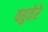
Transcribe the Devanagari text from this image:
वहुतेरे